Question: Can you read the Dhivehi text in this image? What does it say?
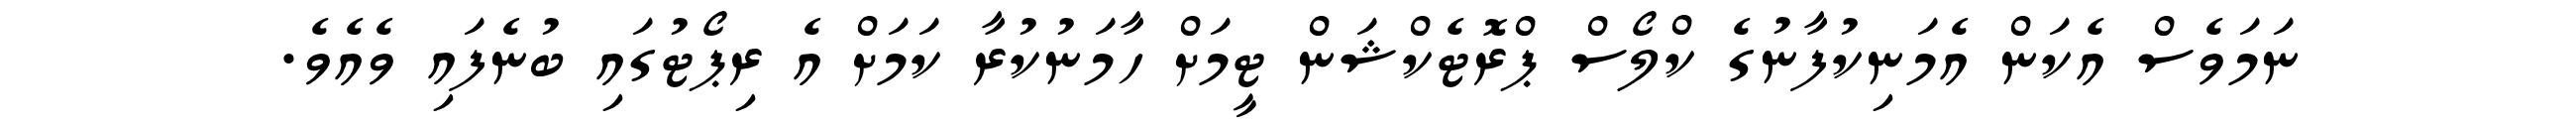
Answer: ނަމަވެސް އެކަން އެމަނިކުފާނުގެ ކްލޯސް ޕްރޮޓެކްޝަން ޓީމަށް ހާމަނުކުރާ ކަމަށް އެ ރިޕޯޓުގައި ބުނެފައި ވެއެވެ.